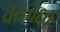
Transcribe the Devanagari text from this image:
वस्त्वर्धा